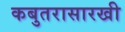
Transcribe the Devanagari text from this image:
कबुतरासारखी